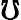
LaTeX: \mho